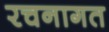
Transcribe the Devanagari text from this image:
रचनागत